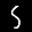
Label: 5